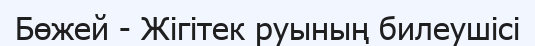
Бөжей - Жігітек руының билеушісі